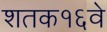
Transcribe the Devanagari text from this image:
शतक१६वे